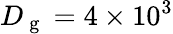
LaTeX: D_{\mathrm{~g~}}=4\times 10^{3}